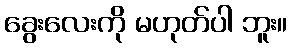
ခွေးလေးကို မဟုတ်ပါ ဘူး။